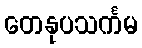
တေနုပသင်္ကမ